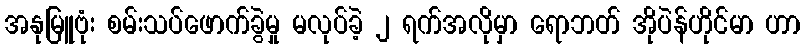
အနုမြူဗုံး စမ်းသပ်ဖောက်ခွဲမှု မလုပ်ခဲ့ ၂ ရက်အလိုမှာ ရောဘတ် အိုပဲန်ဟိုင်မာ ဟာ